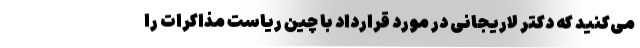
می‌کنید که دکتر لاریجانی در مورد قرارداد با چین ریاست مذاکرات را